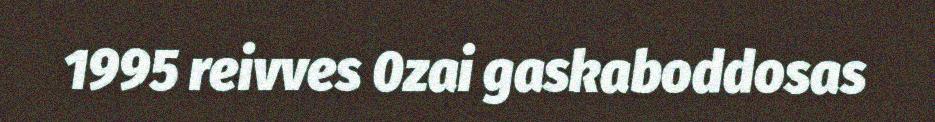
1995 reivves 0zai gaskaboddosas